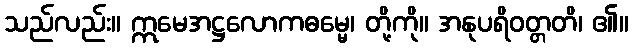
သည်လည်း။ ဣမေအဋ္ဌလောကဓမ္မေ၊ တို့ကို။ အနုပရိဝတ္တတိ၊ ၏။